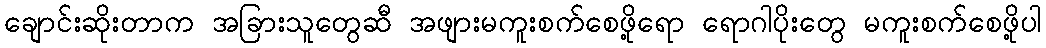
ချောင်းဆိုးတာက အခြားသူတွေဆီ အဖျားမကူးစက်စေဖို့ရော ရောဂါပိုးတွေ မကူးစက်စေဖို့ပါ